NAE_ERA_R-2632_ENSV_TA_Emakeele_Selts_1945-1955, lk 78
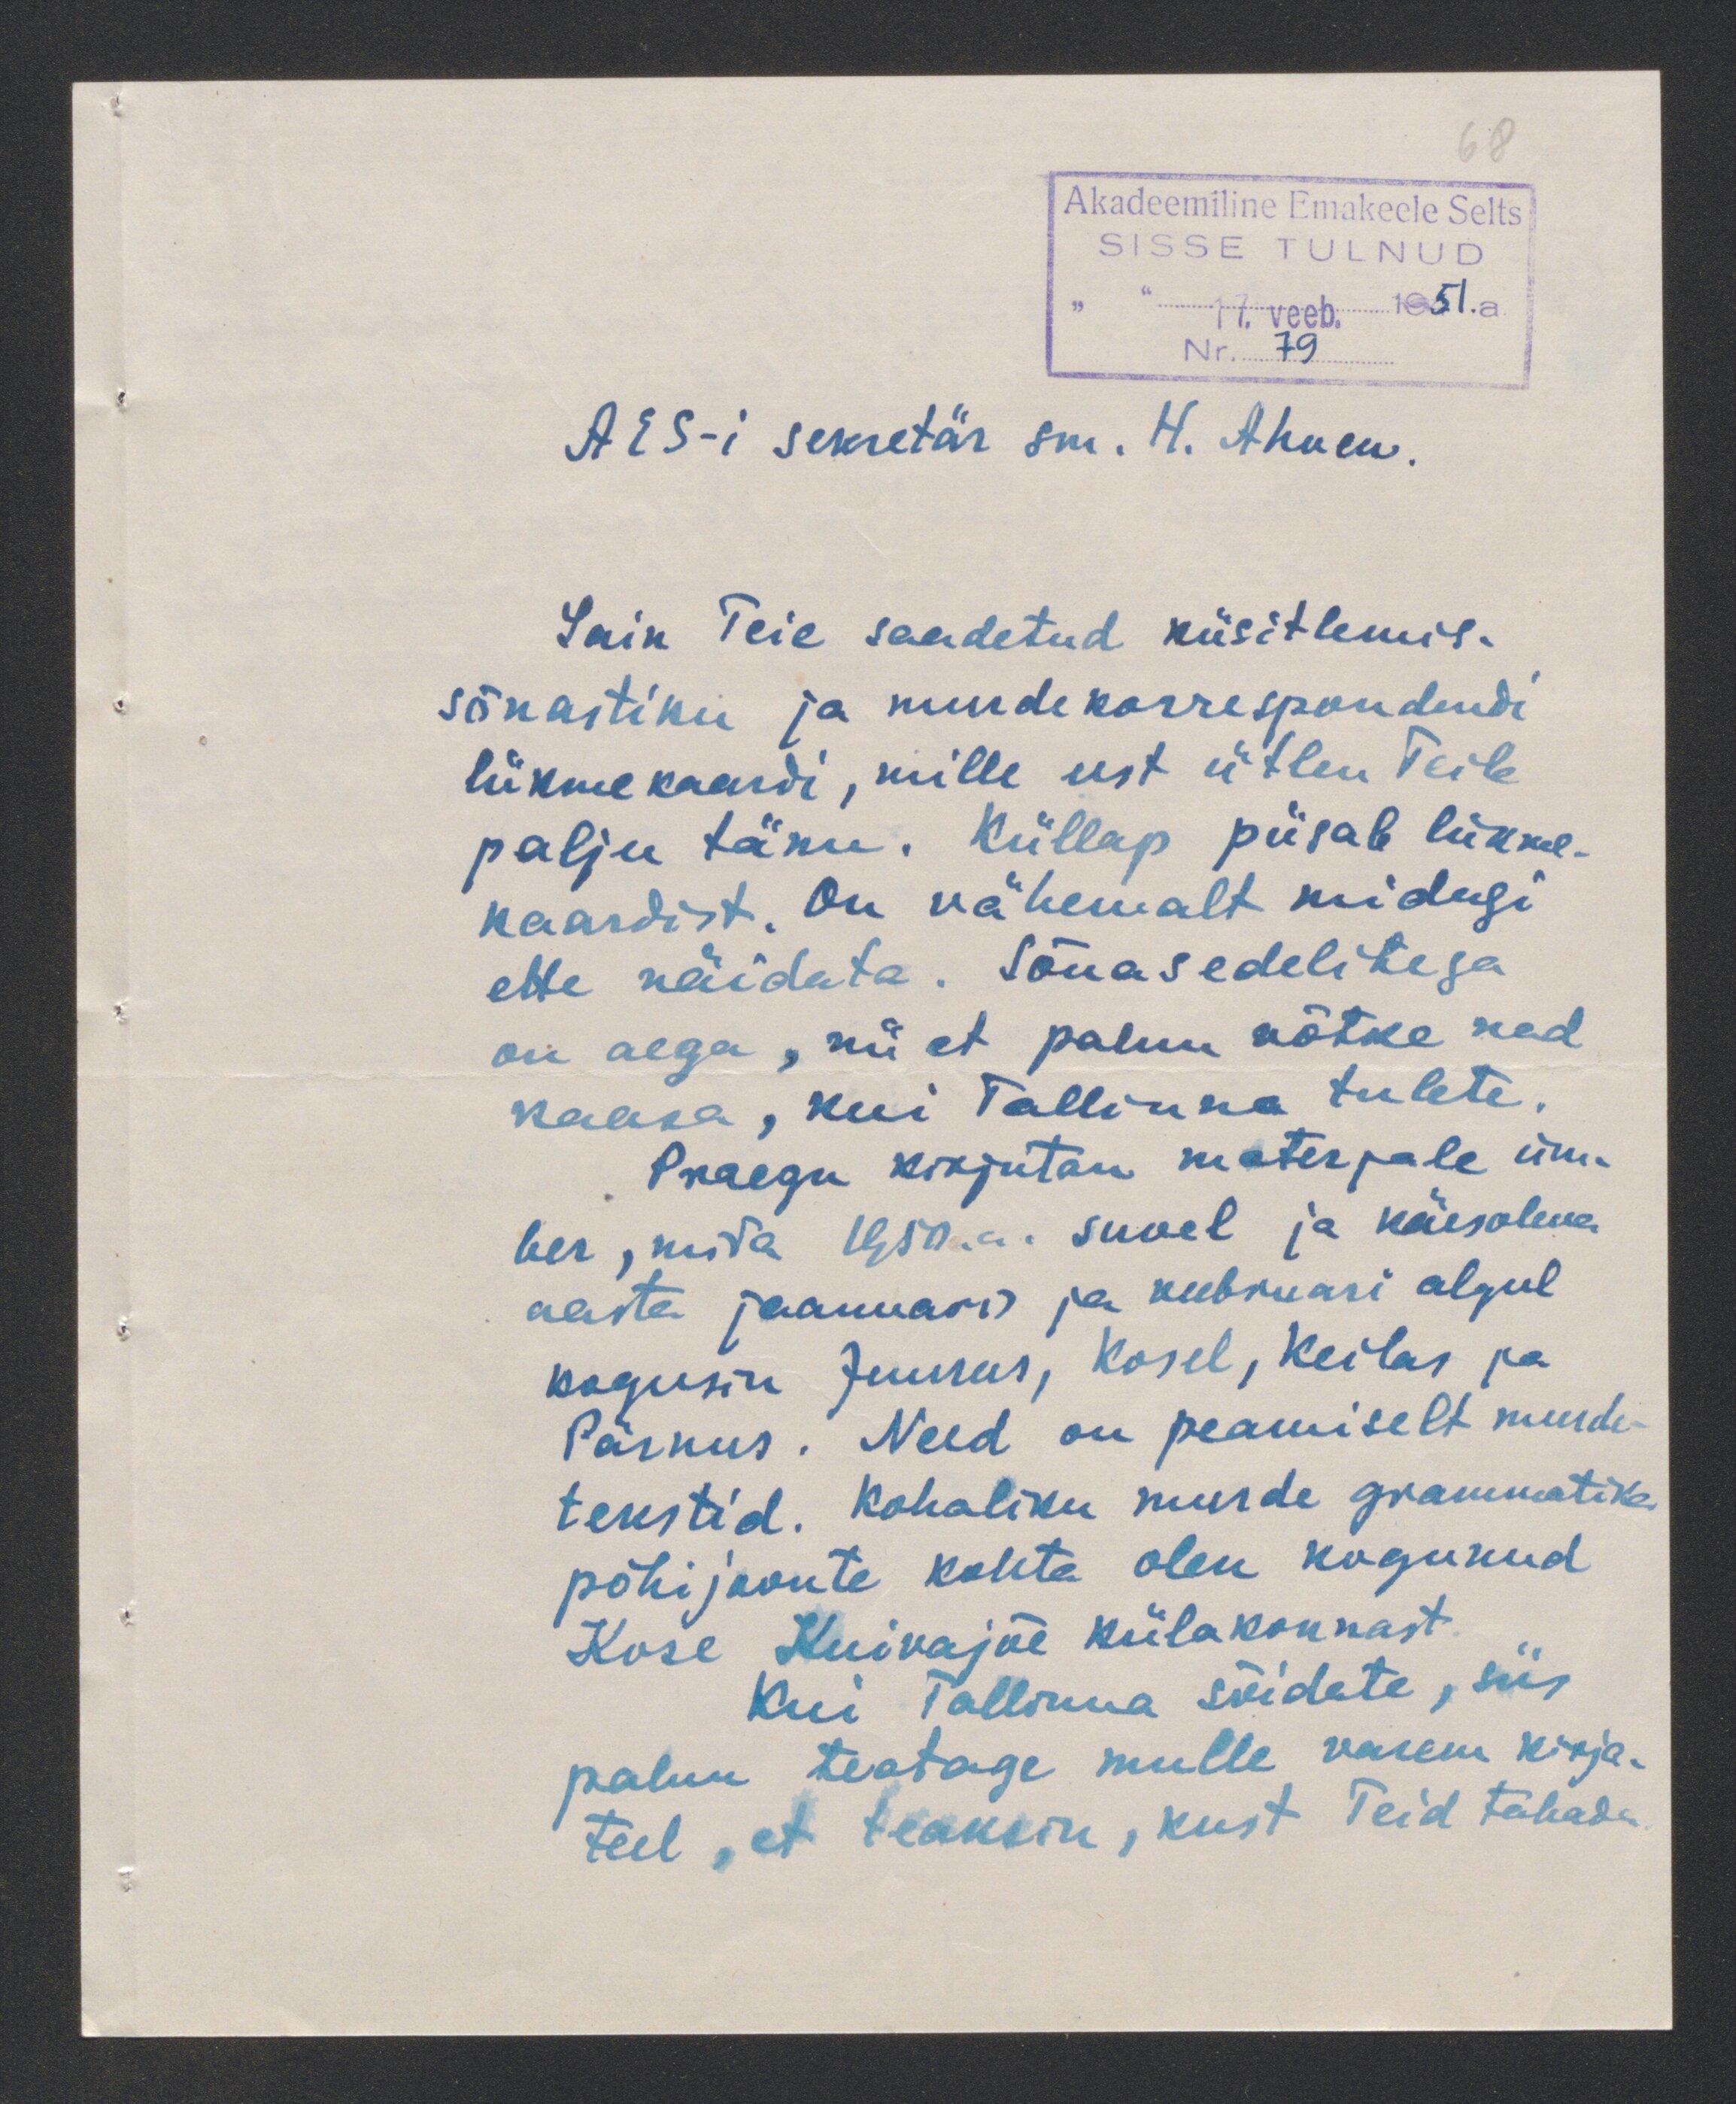
AES-i sekretär sm. H. Ahven.
Sain Teie saadetud küsitlemis-
sõnastiku ja murdekorrespondendi
liikmekaardi, mille eest ütlen Teile
palju tänu. Küllap piisab liikme-
kaardist. On vähemalt midugi
ette näidata. Sõnasedelitega
on aega, nii et palun võtke nad
kaasa, kui Tallinna tulete.
Praegu kirjutan materjale üm-
ber, mida 1950.a. suvel ja käesoleva
aasta jaanuaris ja veebruari algul
kogusin Juurus, Kosel, Keilas ja
Pärnus. Need on peamiselt murde
tekstid. Kohaliku murde grammatika
põhijoonte kohta olen kogunud
Kose Kuivajõe külakonnast
Kui Tallinna sõidate, siis
palun teatage mulle varem kirja-
teel, et teaksin, kust Teid tabada